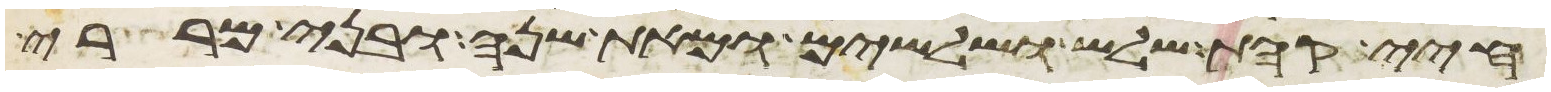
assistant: חיי קהת שלש ושלשים ומאת שנה ובני מררי